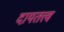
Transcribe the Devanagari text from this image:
दायतत्त्व